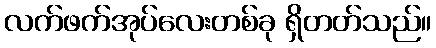
လက်ဖက်အုပ်လေးတစ်ခု ရှိတတ်သည်။